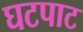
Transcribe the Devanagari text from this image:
घटपाट